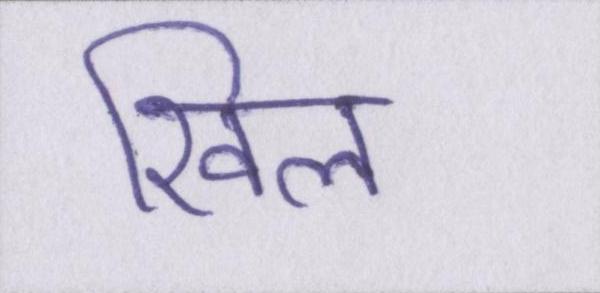
खिल